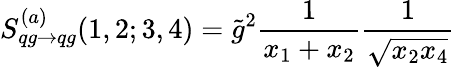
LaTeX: S_{qg\rightarrow qg}^{(a)}(1,2;3,4)=\tilde{g}^{2}\frac{1}{x_{1}+x_{2}}\frac{1}{\sqrt{x_{2}x_{4}}}